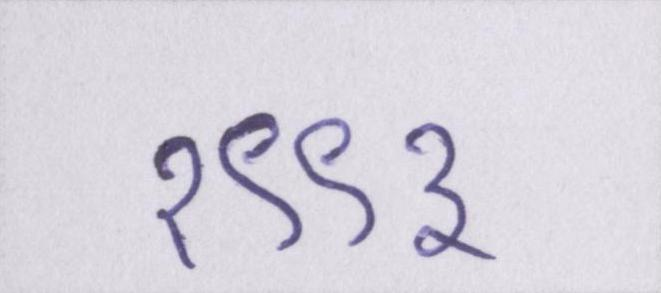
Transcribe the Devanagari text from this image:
१९९३